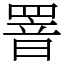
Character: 罯